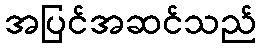
အပြင်အဆင်သည်